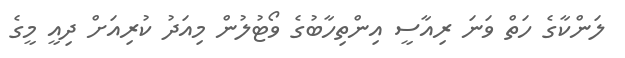
ލަންކާގެ ހަތް ވަނަ ރިއާސީ އިންތިހާބުގެ ވޯޓުލުން މިއަދު ކުރިއަށް ދިއީ މީގެ